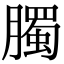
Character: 臅